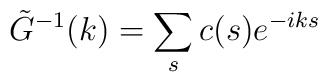
\tilde G^{-1}(k)=\sum_{s} c(s)e^{-iks}